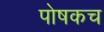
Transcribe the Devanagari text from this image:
पोषकच